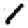
Digit: 1